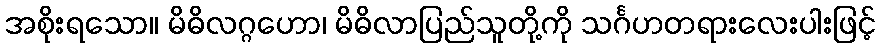
အစိုးရသော။ မိဓိလဂ္ဂဟော၊ မိဓိလာပြည်သူတို့ကို သင်္ဂဟတရားလေးပါးဖြင့်